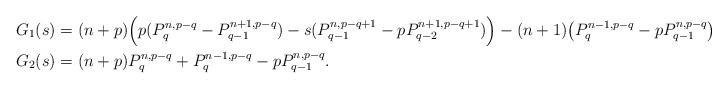
LaTeX: \begin{align*}G_1(s)&=(n+p)\Big(p(P_q^{n,p-q}-P_{q-1}^{n+1,p-q})-s(P_{q-1}^{n,p-q+1}-pP_{q-2}^{n+1,p-q+1})\Big)-(n+1)\big(P_q^{n-1,p-q}-pP_{q-1}^{n,p-q}\big),\\G_2(s)&=(n+p)P_q^{n,p-q}+P_q^{n-1,p-q}-pP_{q-1}^{n,p-q}.\end{align*}